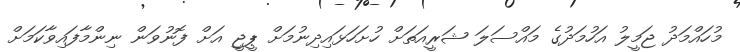
މުހައްމަދު ޖަމީލު އަހުމަދުގެ މައްސަލަ ޝަރީއަތަށް ހުށަހަޅައިދިނުމަށް ޕީޖީ އަށް ފޮނުވަން ނިންމާފައިވާކަމަށް